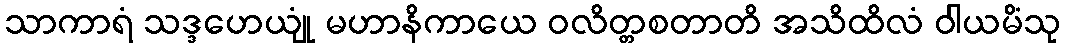
သာကာရံ သဒ္ဒဟေယျုံ မဟာနိကာယေ ဝလိတ္တစတာတိ အသိထိလံ ဝါယမိံသု